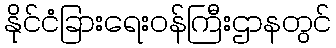
နိုင်ငံခြားရေးဝန်ကြီးဌာနတွင်